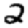
Digit: 2